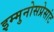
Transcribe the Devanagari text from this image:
इम्मुनोसप्रेसांट